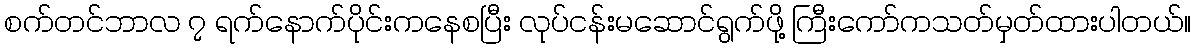
စက်တင်ဘာလ ၇ ရက်နောက်ပိုင်းကနေစပြီး လုပ်ငန်းမဆောင်ရွက်ဖို့ ကြီးကော်ကသတ်မှတ်ထားပါတယ်။